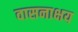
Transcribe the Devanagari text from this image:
वासनाक्षय